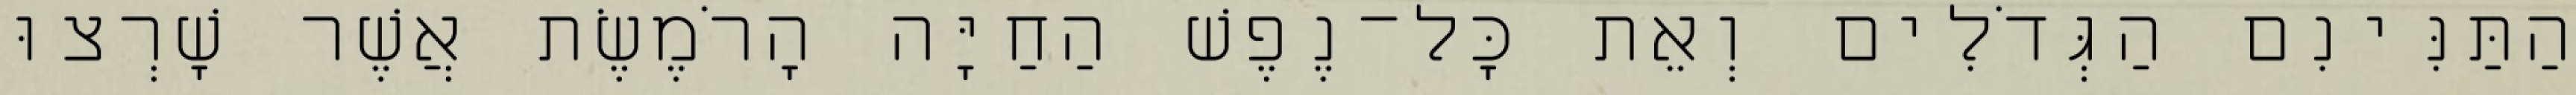
הַתַּנִּינִם הַגְּדֹלִים וְאֵת כָּל־נֶפֶשׁ הַחַיָּה הָרֹמֶשֶׂת אֲשֶׁר שָׁרְצוּ